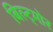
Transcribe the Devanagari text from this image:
बिल्ट्मोर